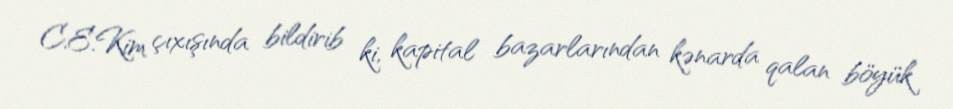
C.E.Kim çıxışında bildirib ki, kapital bazarlarından kənarda qalan böyük